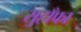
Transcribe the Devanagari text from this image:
सुहाँफा